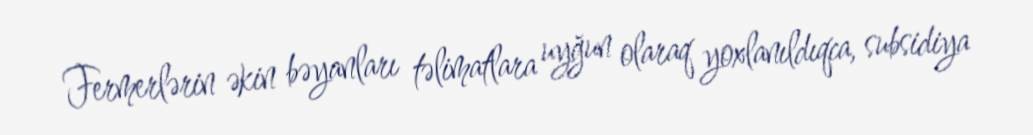
Fermerlərin əkin bəyanları təlimatlara uyğun olaraq yoxlanıldıqca, subsidiya